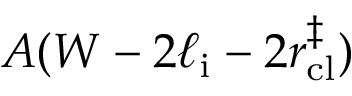
A ( W - 2 \ell _ { \mathrm { i } } - 2 r _ { \mathrm { c l } } ^ { \ddagger } )